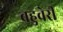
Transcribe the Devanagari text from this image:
बहुवेरी